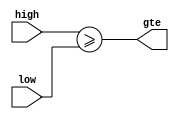
`timescale 1ns / 1ps
//////////////////////////////////////////////////////////////////////////////////
// Company: 
// Engineer: 
// 
// Design Name: 
// Module Name: comparator
// Project Name: 
// Target Devices: 
// Tool Versions: 
// Description: 
// 
// Dependencies: 
// 
// Revision:
// Revision 0.01 - File Created
// Additional Comments:
// 
//////////////////////////////////////////////////////////////////////////////////


module comparator(
	input [3:0]low, high,
	output reg gte

    );
always@(low,high) begin
	gte=(high>=low);
end
endmodule